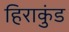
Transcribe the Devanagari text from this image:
हिराकुंड